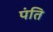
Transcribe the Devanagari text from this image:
पंति